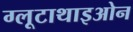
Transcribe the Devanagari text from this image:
ग्लूटाथाइओन